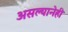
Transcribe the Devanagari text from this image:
असल्यानेही